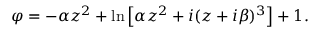
\varphi = - \alpha z ^ { 2 } + \ln \left[ \alpha z ^ { 2 } + i ( z + i \beta ) ^ { 3 } \right] + 1 .